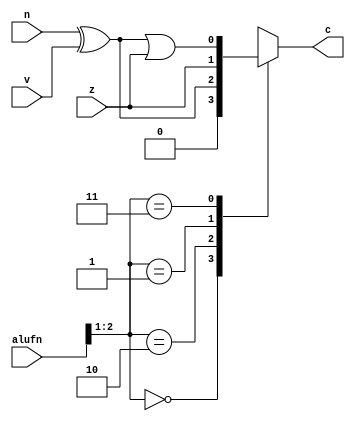
/*
   This file was generated automatically by Alchitry Labs version 1.2.7.
   Do not edit this file directly. Instead edit the original Lucid source.
   This is a temporary file and any changes made to it will be destroyed.
*/

module compare_14 (
    input z,
    input v,
    input n,
    input [2:0] alufn,
    output reg c
  );
  
  
  
  always @* begin
    c = 1'h0;
    
    case (alufn[1+1-:2])
      2'h0: begin
        c = 1'h0;
      end
      2'h2: begin
        c = n ^ v;
      end
      2'h1: begin
        c = z;
      end
      2'h3: begin
        c = (n ^ v) | z;
      end
    endcase
  end
endmodule